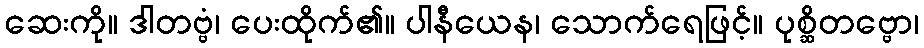
ဆေးကို။ ဒါတဗ္ဗံ၊ ပေးထိုက်၏။ ပါနီယေန၊ သောက်ရေဖြင့်။ ပုစ္ဆိတဗ္ဗော၊